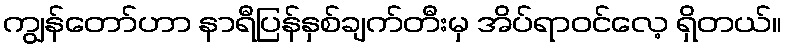
ကျွန်တော်ဟာ နာရီပြန်နှစ်ချက်တီးမှ အိပ်ရာဝင်လေ့ ရှိတယ်။